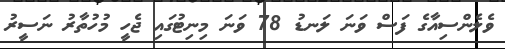
ވެލެންސިއާގެ ފަސް ވަނަ ލަނޑު 78 ވަނަ މިނިޓުގައި ޖެހީ މުހުތާރު ނަސީރު